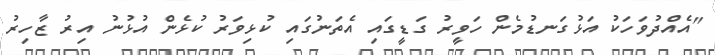
"އެއްދުވަހަކު އަޅުގަނޑުމެން ހަވީރު ގަޑީގައި އެތަނުގައި ކުޅިވަރު ކުޅެން އުޅުނު އިރު ޒާހިރު